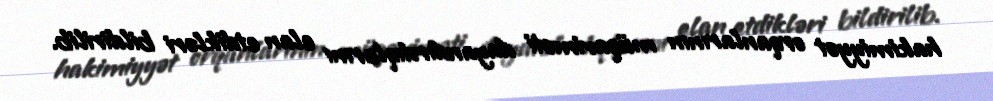
hakimiyyət orqanlarının müqaviməti dayandırdıqlarını elan etdikləri bildirilib.